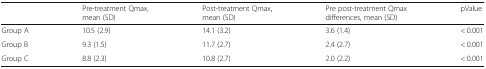
<table><thead><tr><td></td><td><b>Pre-treatment Qmax, mean (SD)</b></td><td><b>Post-treatment Qmax, mean (SD)</b></td><td><b>Pre post-treatment Qmax differences, mean (SD)</b></td><td><b>pValue</b></td></tr></thead><tbody><tr><td>Group A</td><td>10.5 (2.9)</td><td>14.1 (3.2)</td><td>3.6 (1.4)</td><td>&lt; 0.001</td></tr><tr><td>Group B</td><td>9.3 (1.5)</td><td>11.7 (2.7)</td><td>2.4 (2.7)</td><td>&lt; 0.001</td></tr><tr><td>Group C</td><td>8.8 (2.3)</td><td>10.8 (2.7)</td><td>2.0 (2.2)</td><td>&lt; 0.001</td></tr></tbody></table>